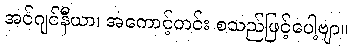
အင်ဂျင်နီယာ၊ အကောင့်တင်း စသည်ဖြင့်ပေါ့ဗျာ။